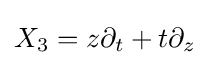
X_{3}=z\partial _{t}+t\partial _{z}\,\!